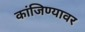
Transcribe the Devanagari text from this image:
कांजिण्यावर